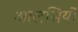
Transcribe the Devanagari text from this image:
आलसियों